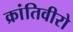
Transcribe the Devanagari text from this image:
क्रांतिवीरो